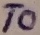
Text: T0